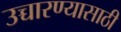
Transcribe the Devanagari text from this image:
उच्चारण्यासाठी